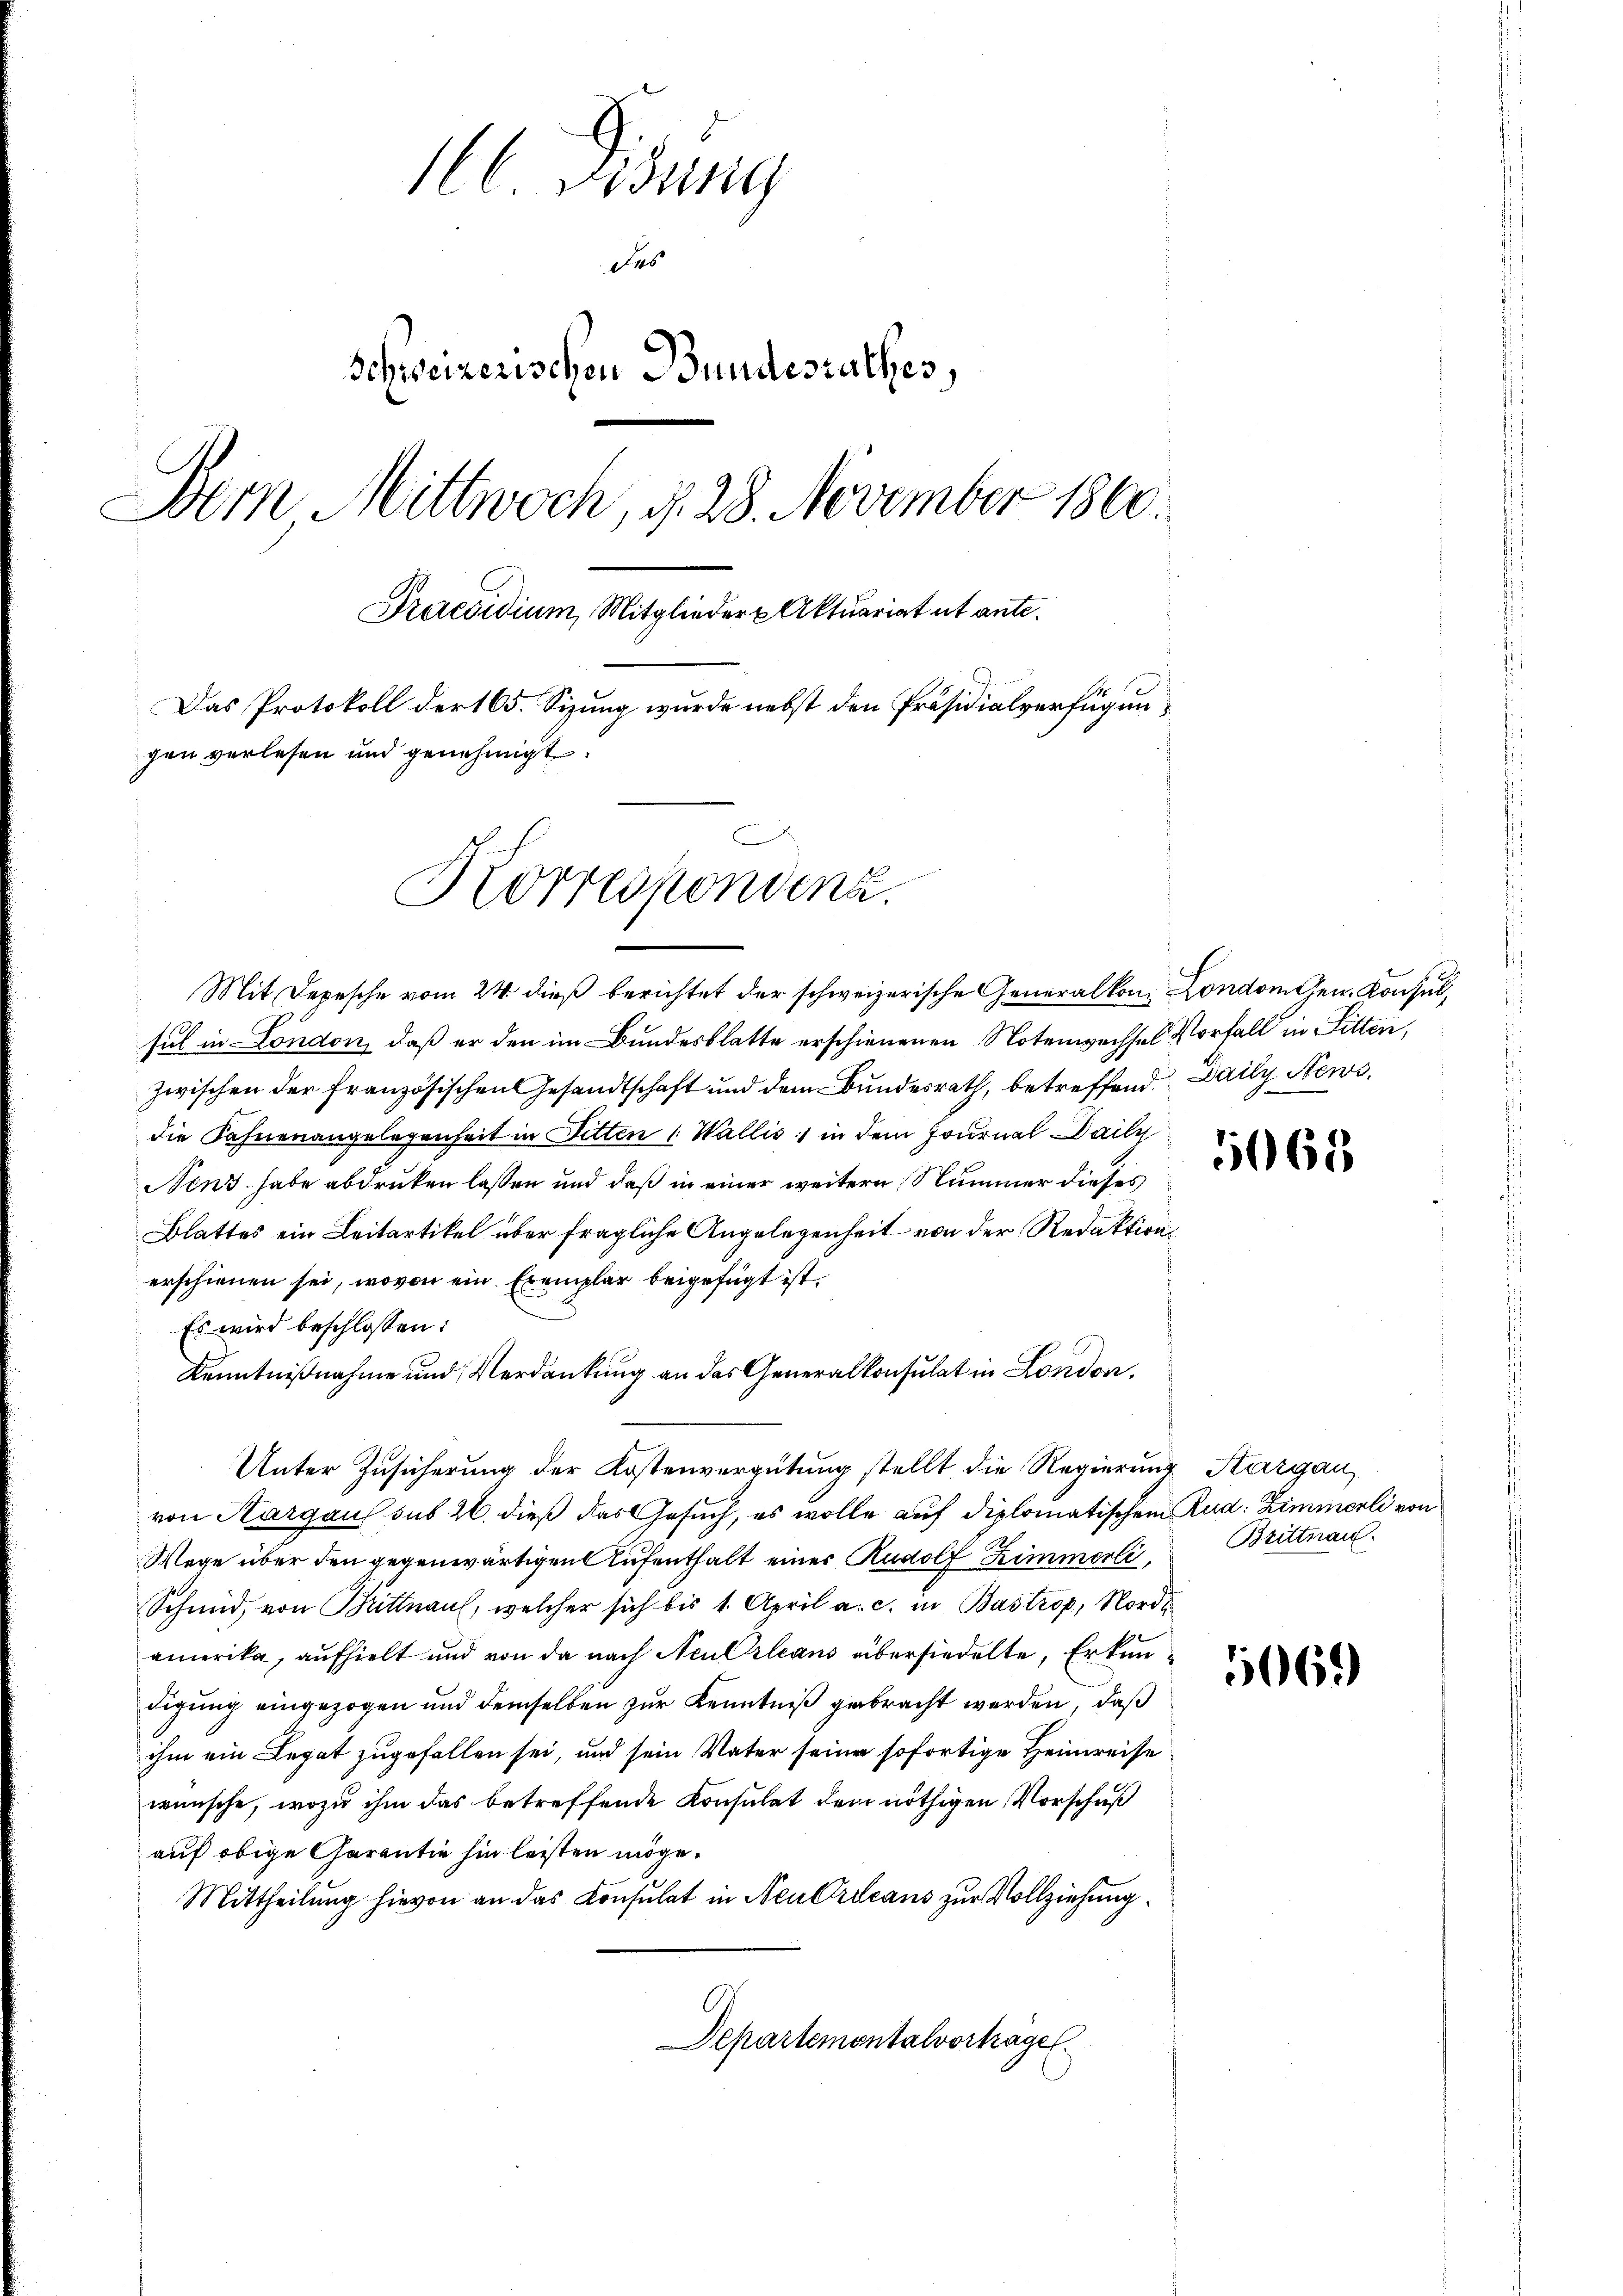
1 Fidung
des
Schweizerischen Bundesrathes,
Dem Mittwoch, d. 28. November 1860
Praesidium, Mitglieder Aktuariat et ante.
Das Protokoll der 165. Sizung wurde nebst den Präsidialverfügungen verlesen und genehmigt.
Korrespondenz.

Mit Depesche vom 24. dieß berichtet der schweizerische Generalkon London Gen. Konsul,
sul in London, daß er den im Bundesblatte erschienenen Notenwechsel Vorfall in Sitten,
zwischen der französischen Gesandtschaft und dem Bundesrath, betreffend Daily News.
die Fahnenangelegenheit in Bitten 1 Wallis, in dem Journal Daily
Nens habe abdruken lassen und daß in einer weitern Nummer dieses
Blattes ein Leitartikel über fragliche Angelegenheit von der Redaktion
erschienen sei, wovon ein Exemplar beigefügt ist.
Es wird beschlossen:
Kenntnißnahme und Verdankung an das Generalkonsulat in London,
Unter Zusicherung der Kostenvergütung stellt die Regierung Kargau,
von Kargau sub 26. dieß das Gesuch, es wolle auf diplomatischem Rud. Zimmerli von
Wege über den gegenwärtigen Aufenthalt einer Rudolf Zimmerli,
Schmid, von Mittnau, welcher sich bis 1. April a. c. in Bastrop, Nordamerika, aufhielt und von da nach Neu Orleans übersiedelte, Erkundigung eingezogen und demselben zur Kenntniß gebracht werden, daß
ihm ein Legat zugefallen sei, und sein Vater seine sofortige Heimreise
wünsche, wozu ihm das betreffende Konsulat dem nöthigen Vorschuß
auf obige Garantie hin leisten möge.
Mittheilung hievon an das Consulat in Neu Orleans zur Vollziehung
Departemontalverhagel.

5065.

Brittnau.

069